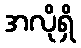
အလိုရှိ